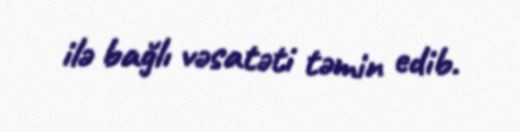
ilə bağlı vəsatəti təmin edib.